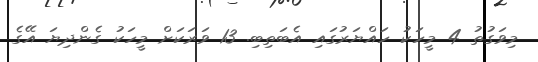
މިވަގުތު 4 މީހަކު ހައްޔަރުގައި އެބަތިބި. 13 ވަރަކަށް މީހަކު ގެންދިޔަ އޭގެ